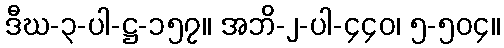
ဒီဃ-၃-ပါ-ဋ္ဌ-၁၅၇။ အဘိ-၂-ပါ-၄၄၀၊ ၅-၅၀၄။